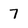
Character: 7